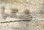
شكرا